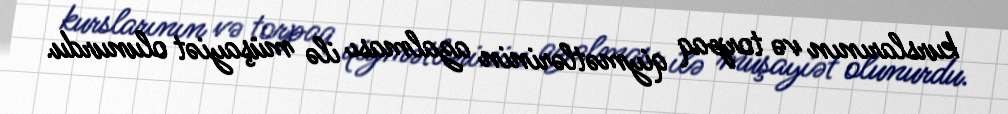
kurslarının və torpaq qiymətlərinin azalması ilə müşayiət olunurdu.